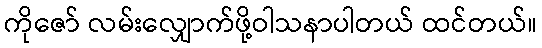
ကိုဇော် လမ်းလျှောက်ဖို့ဝါသနာပါတယ် ထင်တယ်။